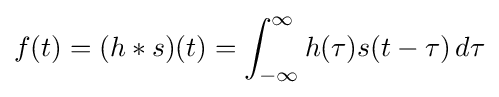
f(t)=(h*s)(t)=\int _{-\infty }^{\infty }h(\tau )s(t-\tau )\,d\tau